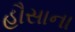
હૌસાના